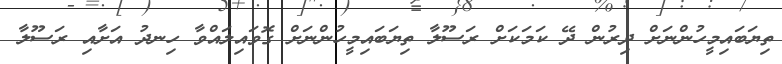
ތިޔަބައިމީހުންނަށް ދިރުން ދޭ ކަމަކަށް ރަސޫލާ ތިޔަބައިމީހުންނަށް ގޮވައިލައްވާ ހިނދު އަށާއި ރަސޫލާ